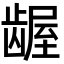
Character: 龌